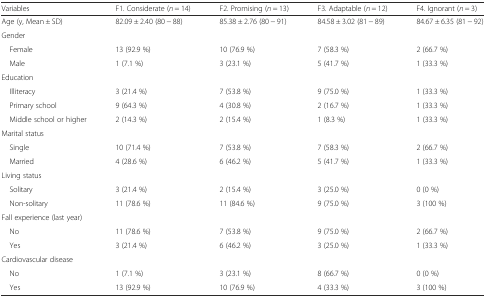
| Variables | F1. Considerate (n = 14) | F2. Promising (n = 13) | F3. Adaptable (n = 12) | F4. Ignorant (n = 3) |
 | --- | --- | --- | --- | --- |
 | Age (y, Mean ± SD) | 82.09 ± 2.40 (80 − 88) | 85.38 ± 2.76 (80 − 91) | 84.58 ± 3.02 (81 − 89) | 84.67 ± 6.35 (81 − 92) |
 | Gender |  |  |  |  |
 | Female | 13 (92.9 %) | 10 (76.9 %) | 7 (58.3 %) | 2 (66.7 %) |
 | Male | 1 (7.1 %) | 3 (23.1 %) | 5 (41.7 %) | 1 (33.3 %) |
 | Education |  |  |  |  |
 | Illiteracy | 3 (21.4 %) | 7 (53.8 %) | 9 (75.0 %) | 1 (33.3 %) |
 | Primary school | 9 (64.3 %) | 4 (30.8 %) | 2 (16.7 %) | 1 (33.3 %) |
 | Middle school or higher | 2 (14.3 %) | 2 (15.4 %) | 1 (8.3 %) | 1 (33.3 %) |
 | Marital status |  |  |  |  |
 | Single | 10 (71.4 %) | 7 (53.8 %) | 7 (58.3 %) | 2 (66.7 %) |
 | Married | 4 (28.6 %) | 6 (46.2 %) | 5 (41.7 %) | 1 (33.3 %) |
 | Living status |  |  |  |  |
 | Solitary | 3 (21.4 %) | 2 (15.4 %) | 3 (25.0 %) | 0 (0 %) |
 | Non-solitary | 11 (78.6 %) | 11 (84.6 %) | 9 (75.0 %) | 3 (100 %) |
 | Fall experience (last year) |  |  |  |  |
 | No | 11 (78.6 %) | 7 (53.8 %) | 9 (75.0 %) | 2 (66.7 %) |
 | Yes | 3 (21.4 %) | 6 (46.2 %) | 3 (25.0 %) | 1 (33.3 %) |
 | Cardiovascular disease |  |  |  |  |
 | No | 1 (7.1 %) | 3 (23.1 %) | 8 (66.7 %) | 0 (0 %) |
 | Yes | 13 (92.9 %) | 10 (76.9 %) | 4 (33.3 %) | 3 (100 %) |